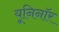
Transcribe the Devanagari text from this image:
यूनिनॉर